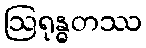
ဩရုန္ဓတဿ